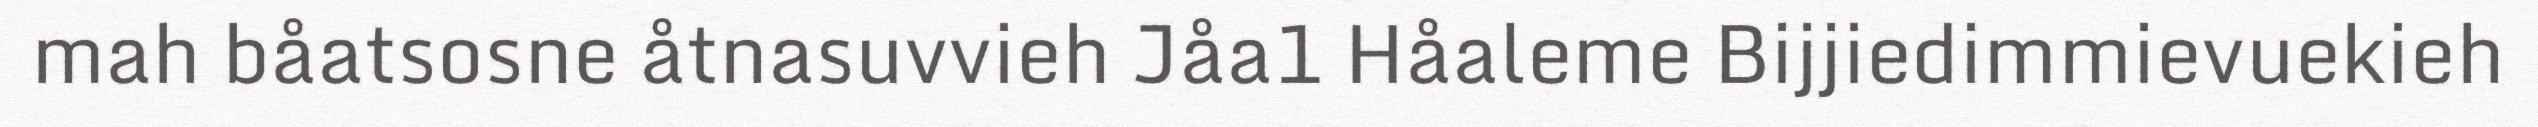
mah båatsosne åtnasuvvieh Jåa1 Håaleme Bijjiedimmievuekieh